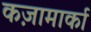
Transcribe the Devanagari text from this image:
कज़ामार्का